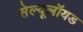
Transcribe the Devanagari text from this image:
सेल्यूलॉयड